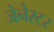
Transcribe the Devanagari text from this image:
जेनेरटर